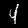
Digit: 4